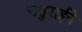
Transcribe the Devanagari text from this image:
चतुराईने